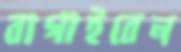
বাগাইবেন